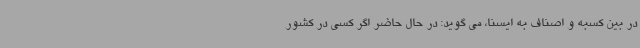
در بین کسبه و اصناف به ایسنا، می گوید: در حال حاضر اگر کسی در کشور